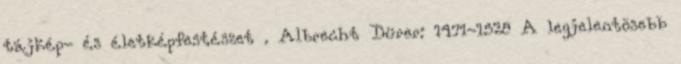
tájkép- és életképfestészet . Albrecht Dürer: 1471-1528 A legjelentõsebb